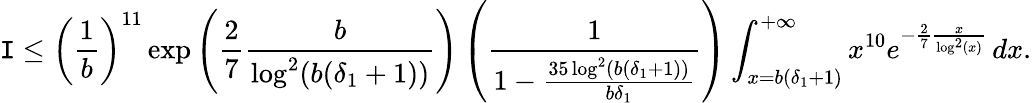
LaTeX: \mathtt{I}\leq\left(\frac{{1}}{{b}}\right)^{11}\exp\left(\frac{{2}}{{7}}\frac{{b}}{{\log^{2}(b(\delta_{1}+1))}}\right)\left(\frac{{1}}{{1-\frac{{35\log^{2}(b(\delta_{1}+1))}}{{b\delta_{1}}}}}\right)\int_{x=b(\delta_{1}+1)}^{+\infty}x^{10}e^{-\frac{{2}}{{7}}\frac{{x}}{{\log^{2}(x)}}}\, dx.